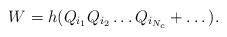
LaTeX: \begin{align*}W=h(Q_{i_1}Q_{i_2}\dots Q_{i_{N_c}} +\dots ).\end{align*}